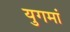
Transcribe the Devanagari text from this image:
युगमां